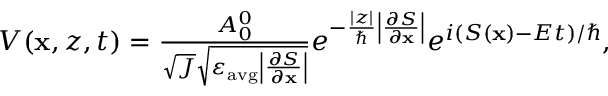
\begin{array} { r } { V ( \mathbf { x } , z , t ) = \frac { A _ { 0 } ^ { 0 } } { \sqrt { J } \sqrt { \varepsilon _ { \mathrm { a v g } } \left| \frac { \partial S } { \partial \mathbf { x } } \right| } } e ^ { - \frac { | z | } { \hbar } \left| \frac { \partial S } { \partial \mathbf { x } } \right| } e ^ { i ( S ( \mathbf { x } ) - E t ) / \hbar } , } \end{array}